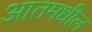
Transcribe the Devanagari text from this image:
आतमधील